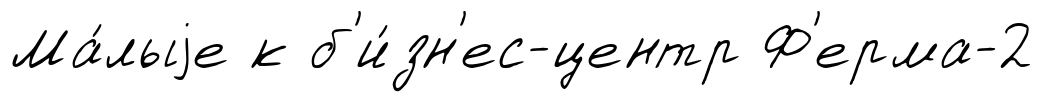
Ма́лыjе к б'и́зн'ес-центр Ф'ерма-2